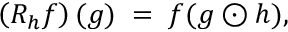
\left( R _ { h } f \right) ( g ) \; = \; f ( g \odot h ) ,